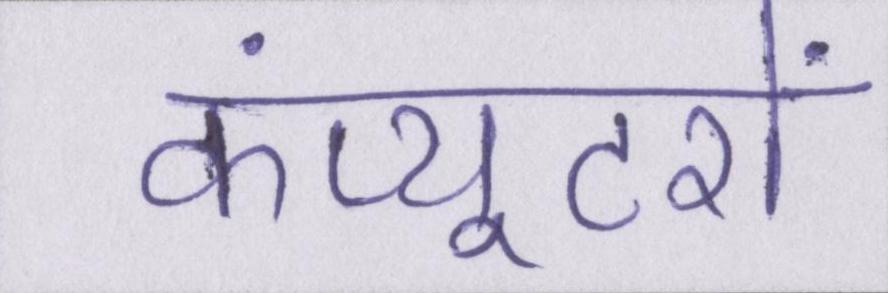
कंप्यूटरों